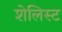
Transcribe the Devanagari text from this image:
शेलिस्ट